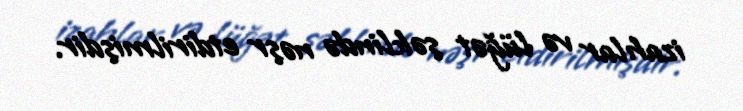
izahlar və lüğət şəklində nəşr etdirilmişdir.